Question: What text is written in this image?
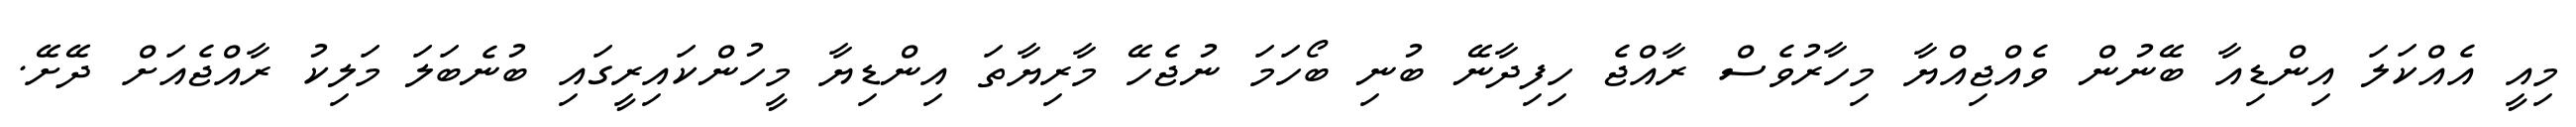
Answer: މިއީ އެއްކަލަ އިންޑިއާ ބޭނުން ވެއްޖިއްޔާ މިހާރުވެސް ރާއްޖެ ހިފިދާނޭ ބުނި ބޯހަމަ ނުޖެހޭ މާރިޔާތަ އިންޑިޔާ މީހުންކައިރީގައި ބުނެބަލަ މަލިކު ރާއްޖެއަށް ދޭށޭ.